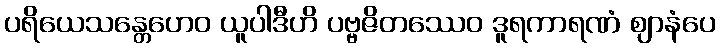
ပရိယေသန္တေဟေဝ ယူပါဒီဟိ ပဗ္ဗဇိတဿေဝ ဒူရကာရဏံ ဈာနံပေ